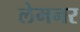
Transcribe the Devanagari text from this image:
लेमनर